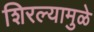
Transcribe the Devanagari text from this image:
शिरल्यामुळे